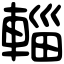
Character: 輜